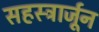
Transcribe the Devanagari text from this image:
सहस्त्रार्जून